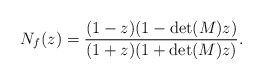
\begin{align*} N_f(z)=\dfrac{(1-z)(1-\det(M)z)}{(1+z)(1+\det(M)z)} . \end{align*}